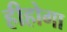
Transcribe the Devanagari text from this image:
हीहोगा